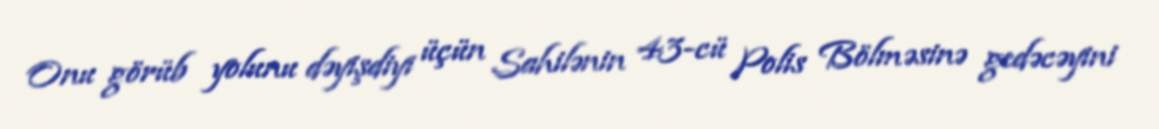
Onu görüb yolunu dəyişdiyi üçün Sahilənin 43-cü Polis Bölməsinə gedəcəyini